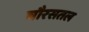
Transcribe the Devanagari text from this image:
चौरसतल